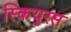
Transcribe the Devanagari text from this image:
स्कियुरस